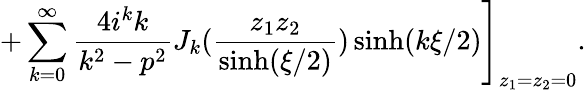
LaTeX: \left.+\sum_{k=0}^{\infty}\frac{4i^{k}k}{k^{2}-p^{2}}J_{k}(\frac{z_{1}z_{2}}{\sinh(\xi/2)})\sinh(k\xi/2)\right]_{z_{1}=z_{2}=0}.